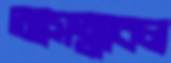
আসত্মাবল